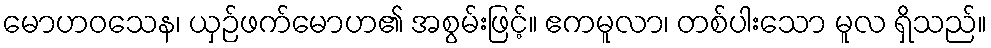
မောဟဝသေန၊ ယှဉ်ဖက်မောဟ၏ အစွမ်းဖြင့်။ ဧကမူလာ၊ တစ်ပါးသော မူလ ရှိသည်။